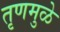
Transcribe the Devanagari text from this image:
तृणमुळे